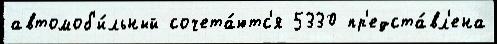
автомоб'и́льный сочета́ютс'я 5330 пр'едста́вл'ена